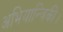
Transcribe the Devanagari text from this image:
अभियान्त्रिकी।